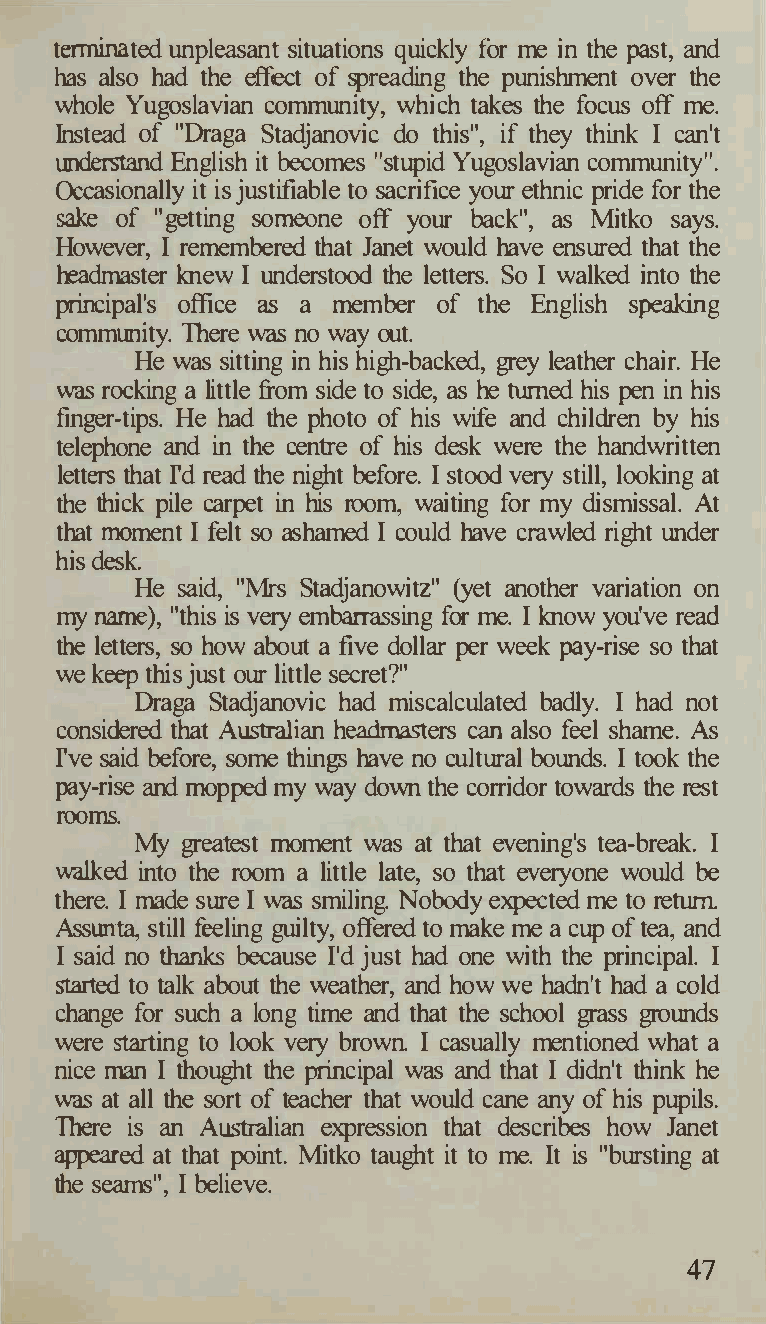
terminated unpleasant situations quickly for me in the past, and
 has also had the effect of spreading the punishment over the
 whole Yugoslavian community, which takes the focus off me.
 Instead of "Draga Stadjanovic do this", if they think I can't
 understand English it becomes "stupid Yugoslavian community".
 Occasionally it is justifiable to sacrifice your ethnic pride for the
 sake of "getting someone off your back", as Mitko says.
 However, I remembered that Janet would have ensured that the
 headmaster knew I understood the letters. So I walked into the
 principal's office as a member of the English speaking
 community. There was no way out.
 He was sitting in his high-backed, grey leather chair. He
 was rocking a little from side to side, as he turned his pen in his
 finger-tips. He had the photo of his wife and children by his
 telephone and in the centre of his desk were the handwritten
 letters that rd re.ad the night before. I stood very still, looking at
 the thick pile carpet in his room, waiting for my dismissal. At
 that moment I felt so ashamed I could have crawled right under
 his desk.
 He said, "Mrs Stadjanowitz" (yet another variation on
 my name), "this is very embarrassing for me. I know you've read
 the letters, so how about a five dollar per week pay-rise so that
 we keep this just our little secret?"
 Draga Stadjanovic had miscalculated badly. I had not
 considered that Australian headmasters can also feel shame. As
 rve said before, some things have no cultural bounds. I took the
 pay-rise and mopped my way down the corridor towards the rest
 rooms.
 My greatest moment was at that evening's tea-break. I
 walked into the room a little late, so that everyone would be
 there. I made sure I was smiling. Nobody expected me to return.
 Assunta, still feeling guilty, offered to make me a cup of tea, and
 I said no thanks because I'd just had one with the principal. I
 started to talk about the weather, and how we hadn't had a cold
 change for such a long time and that the school grass grounds
 were starting to look very brown. I casually mentioned what a
 nice man I thought the principal was and that I didn't think he
 was at all the sort of teacher that would cane any of his pupils.
 There is an Australian expression that describes how Janet
 appeared at that point. Mitko taught it to me. It is "bursting at
 the seams", I believe.
 47